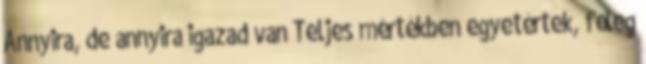
Annyira, de annyira igazad van Teljes mértékben egyetértek, főleg